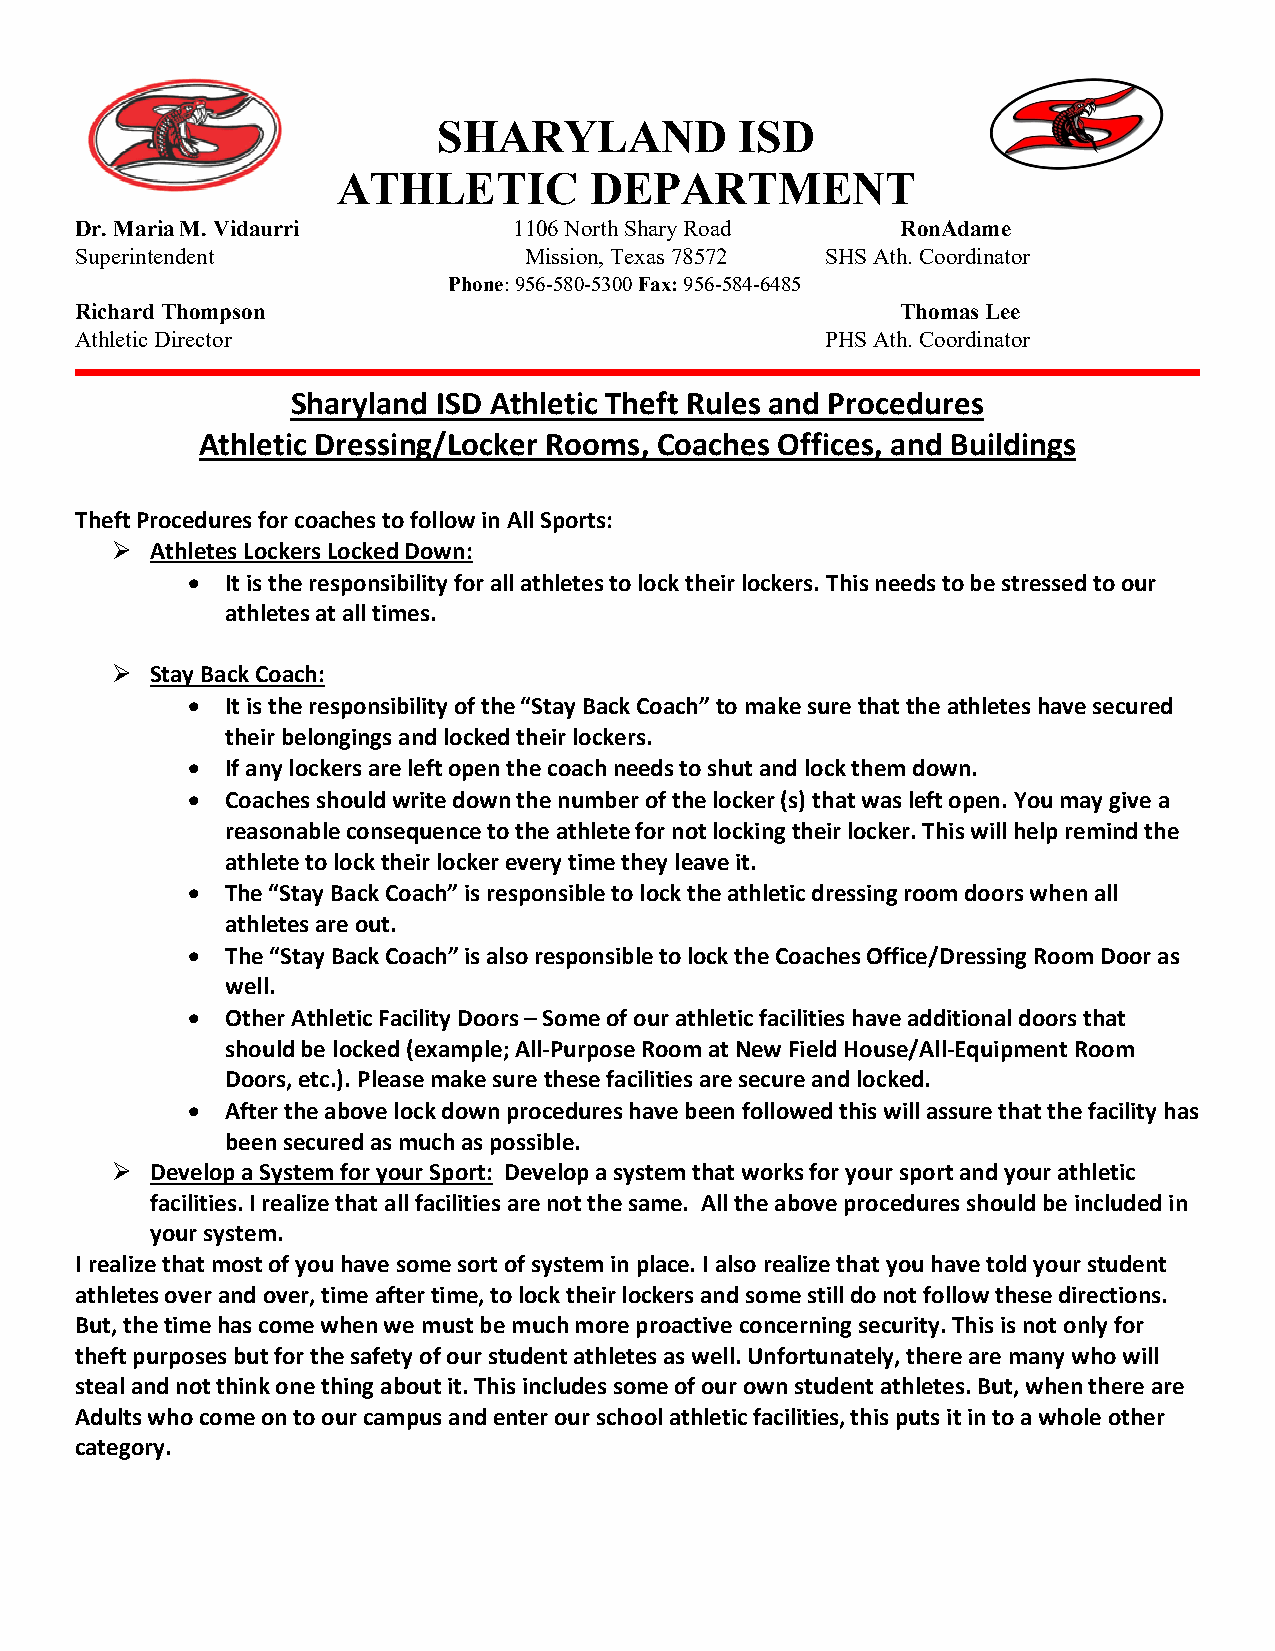
SHARYLAND           ISD
 ATHLETIC         DEPARTMENT
 Dr. Maria M. Vidaurri        1106 North Shary Road     RonAdame
 Superintendent                Mission, Texas 78572 SHS Ath. Coordinator
 Phone: 956-580-5300 Fax: 956-584-6485
 Richard Thompson                                       Thomas Lee
 Athletic Director                                 PHS Ath. Coordinator
 Sharyland ISD Athletic Theft Rules and Procedures
 Athletic Dressing/Locker Rooms, Coaches Offices, and Buildings
 Theft Procedures for coaches to follow in All Sports:
   Athletes Lockers Locked Down:
 •  It is the responsibility for all athletes to lock their lockers. This needs to be stressed to our
 athletes at all times.
   Stay Back Coach:
 •  It is the responsibility of the “Stay Back Coach” to make sure that the athletes have secured
 their belongings and locked their lockers.
 •  If any lockers are left open the coach needs to shut and lock them down.
 •  Coaches should write down the number of the locker (s) that was left open. You may give a
 reasonable consequence to the athlete for not locking their locker. This will help remind the
 athlete to lock their locker every time they leave it.
 •  The “Stay Back Coach” is responsible to lock the athletic dressing room doors when all
 athletes are out.
 •  The “Stay Back Coach” is also responsible to lock the Coaches Office/Dressing Room Door as
 well.
 •  Other Athletic Facility Doors – Some of our athletic facilities have additional doors that
 should be locked (example; All-Purpose Room at New Field House/All-Equipment Room
 Doors, etc.). Please make sure these facilities are secure and locked.
 •  After the above lock down procedures have been followed this will assure that the facility has
 been secured as much as possible.
   Develop a System for your Sport: Develop a system that works for your sport and your athletic
 facilities. I realize that all facilities are not the same. All the above procedures should be included in
 your system.
 I realize that most of you have some sort of system in place. I also realize that you have told your student
 athletes over and over, time after time, to lock their lockers and some still do not follow these directions.
 But, the time has come when we must be much more proactive concerning security. This is not only for
 theft purposes but for the safety of our student athletes as well. Unfortunately, there are many who will
 steal and not think one thing about it. This includes some of our own student athletes. But, when there are
 Adults who come on to our campus and enter our school athletic facilities, this puts it in to a whole other
 category.